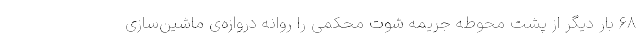
۶۸ بار دیگر از پشت محوطه جریمه شوت محکمی را روانه دروازه‌ی ماشین‌سازی